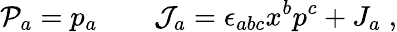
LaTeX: {\cal P}_{a}=p_{a}\qquad{\cal J}_{a}=\epsilon_{abc}x^{b}p^{c}+J_{a}\; ,